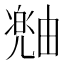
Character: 𪽠